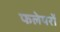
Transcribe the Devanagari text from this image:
फलेयरों